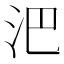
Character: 𣲩